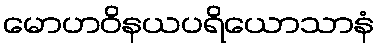
မောဟဝိနယပရိယောသာနံ